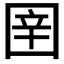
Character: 𭍤